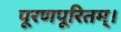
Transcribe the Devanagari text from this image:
पूरणपूरितम्।